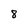
Character: 8